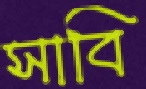
সাবি